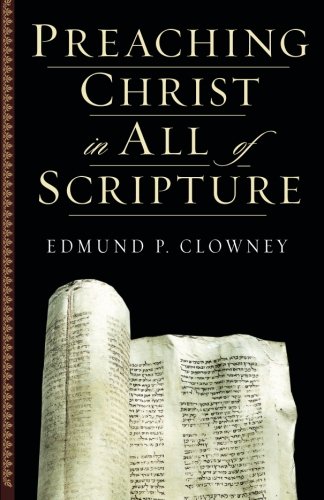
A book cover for Preaching Christ in All of Scripture; Edmund P. Clowney; Christian Books & Bibles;